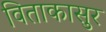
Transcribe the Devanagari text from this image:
विताकासुर